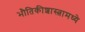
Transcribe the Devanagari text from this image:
भौतिकीशास्त्रामध्ये